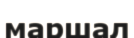
маршал